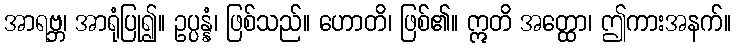
အာရဗ္ဘ၊ အာရုံပြု၍။ ဥပ္ပန္နံ၊ ဖြစ်သည်။ ဟောတိ၊ ဖြစ်၏။ ဣတိ အတ္ထော၊ ဤကားအနက်။